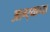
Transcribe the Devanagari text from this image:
आग्‍र्‍याच्या